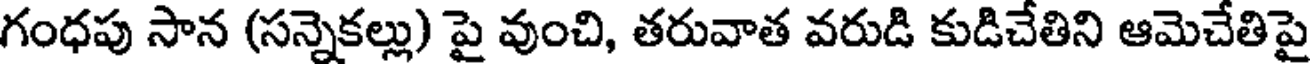
గంధపు సాన (సన్నెకల్లు) పై వుంచి, తరువాత వరుడి కుడిచేతిని ఆమెచేతిపై